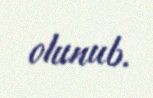
olunub.